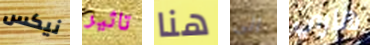
نيكس تاثير هنا الى هاري